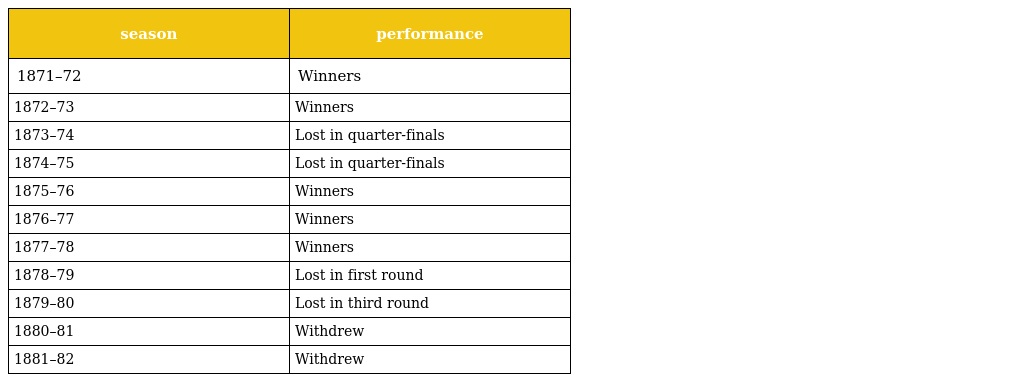
| season | performance |
 | --- | --- |
 | 1871–72 | Winners |
 | 1872–73 | Winners |
 | 1873–74 | Lost in quarter-finals |
 | 1874–75 | Lost in quarter-finals |
 | 1875–76 | Winners |
 | 1876–77 | Winners |
 | 1877–78 | Winners |
 | 1878–79 | Lost in first round |
 | 1879–80 | Lost in third round |
 | 1880–81 | Withdrew |
 | 1881–82 | Withdrew |